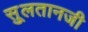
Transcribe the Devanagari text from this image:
सु्लतानजी